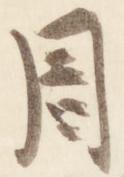
周